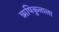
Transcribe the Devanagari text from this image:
ऋषिकुलाला